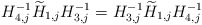
\begin{align*} H_{4,j}^{-1}\widetilde H_{1,j}H_{3,j}^{-1}=H_{3,j}^{-1}\widetilde H_{1,j}H_{4,j}^{-1} \end{align*}